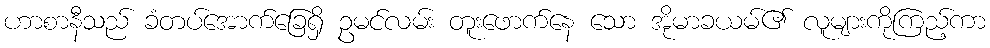
ဟာစာနီသည် ခံတပ်အောက်ခြေရှိ ဥမင်လမ်း တူးဖောက်နေ သော အိုမာခယမ်၏ လူများကိုကြည့်ကာ